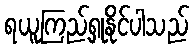
ရယူကြည့်ရှုနိုင်ပါသည်